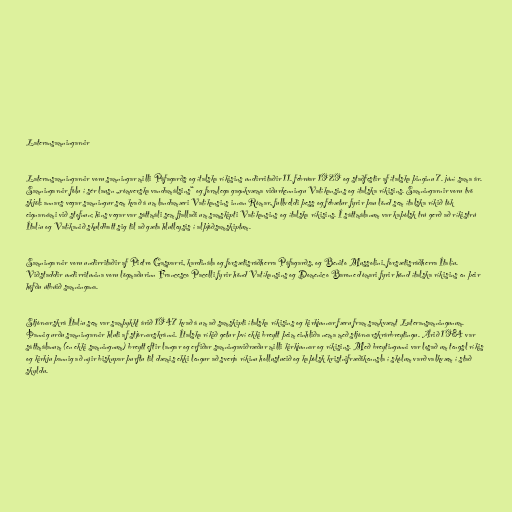
Lateransamningarnir

Lateransamningarnir voru samningar milli Páfagarðs og ítalska ríkisins undirritaðir 11. febrúar 1929 og staðfestir af ítalska þinginu 7. júní sama ár.
Samningarnir fólu í sér lausn „rómverska vandamálsins“ og formlega gagnkvæma viðurkenningu Vatíkansins og ítalska ríkisins. Samningarnir voru tvö
skjöl: annars vegar samningur sem kvað á um landamæri Vatíkansins innan Rómar, fullveldi þess og fébætur fyrir þau lönd sem ítalska ríkið tók
eignarnámi við stofnun; hins vegar var sáttmáli sem fjallaði um samskipti Vatíkansins og ítalska ríkisins. Í sáttmálanum var kaþólsk trú gerð að ríkistrú
Ítalíu og Vatíkanið skuldbatt sig til að gæta hlutleysis í alþjóðsamskiptum.

Samningarnir voru undirritaðir af Pietro Gasparri, kardinála og forsætisráðherra Páfagarðs, og Benito Mussolini, forsætisráðherra Ítalíu.
Viðstaddir undirritunina voru lögmaðurinn Francesco Pacelli fyrir hönd Vatíkansins og Domenico Barone dómari fyrir hönd ítalska ríkisins en þeir
höfðu útbúið samningana.

Stjórnarskrá Ítalíu sem var samþykkt árið 1947 kvað á um að samskipti ítalska ríkisins og kirkjunnar færu fram samkvæmt Lateransamningunum.
Þannig urðu samningarnir hluti af stjórnarskránni. Ítalska ríkið getur því ekki breytt þeim einhliða nema með stjórnarskrárbreytingu. Árið 1984 var
sáttmálanum (en ekki samningnum) breytt eftir langar og erfiðar samningaviðræður milli kirkjunnar og ríkisins. Með breytingunni var losað um tengsl ríkis
og kirkju þannig að nýir biskupar þurftu til dæmis ekki lengur að sverja ríkinu hollustueið og kaþólsk kristnifræðikennsla í skólum varð valkvæm í stað
skyldu.